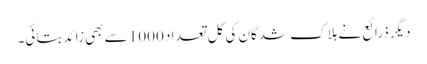
دیگر ذرائع نے ہلاک شدگان کی کل تعداد 1000 سے بھی زائد بتائی۔